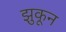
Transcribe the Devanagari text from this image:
झुकून